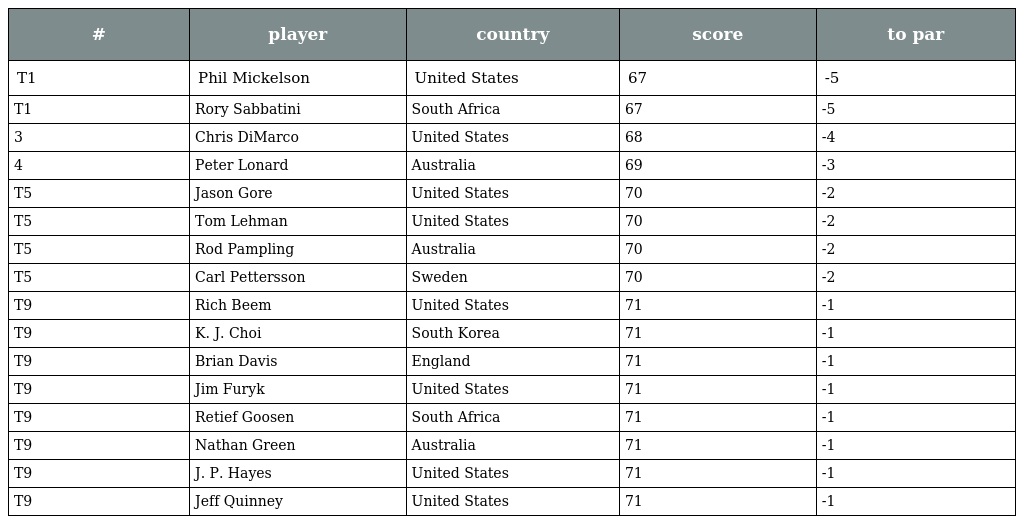
| # | player | country | score | to par |
 | --- | --- | --- | --- | --- |
 | T1 | Phil Mickelson | United States | 67 | -5 |
 | T1 | Rory Sabbatini | South Africa | 67 | -5 |
 | 3 | Chris DiMarco | United States | 68 | -4 |
 | 4 | Peter Lonard | Australia | 69 | -3 |
 | T5 | Jason Gore | United States | 70 | -2 |
 | T5 | Tom Lehman | United States | 70 | -2 |
 | T5 | Rod Pampling | Australia | 70 | -2 |
 | T5 | Carl Pettersson | Sweden | 70 | -2 |
 | T9 | Rich Beem | United States | 71 | -1 |
 | T9 | K. J. Choi | South Korea | 71 | -1 |
 | T9 | Brian Davis | England | 71 | -1 |
 | T9 | Jim Furyk | United States | 71 | -1 |
 | T9 | Retief Goosen | South Africa | 71 | -1 |
 | T9 | Nathan Green | Australia | 71 | -1 |
 | T9 | J. P. Hayes | United States | 71 | -1 |
 | T9 | Jeff Quinney | United States | 71 | -1 |